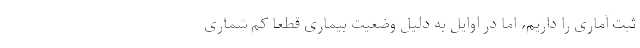
ثبت آماری را داریم، اما در اوایل به دلیل وضعیت بیماری قطعاً کم شماری